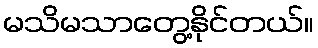
မသိမသာတွေ့နိုင်တယ်။